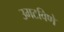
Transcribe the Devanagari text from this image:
उमटविणे